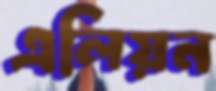
এলিয়ন